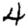
Digit: 4